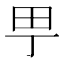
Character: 甼